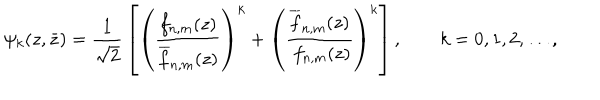
\psi _ { k } ( z , \bar { z } ) = { \frac { 1 } { \sqrt 2 } } \left[ \left( { \frac { f _ { n , m } ( z ) } { \overline { { f } } _ { n , m } ( z ) } } \right) ^ { k } + \left( { \frac { \overline { { { f } } } _ { n , m } ( z ) } { \ f _ { n , m } ( z ) } } \right) ^ { k } \right] , \qquad k = 0 , 1 , 2 , \ldots ,